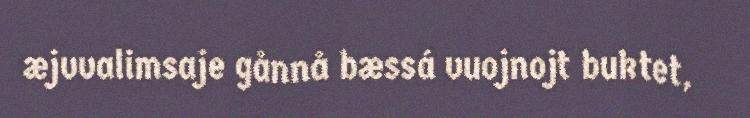
æjvvalimsaje gånnå bæssá vuojnojt buktet,